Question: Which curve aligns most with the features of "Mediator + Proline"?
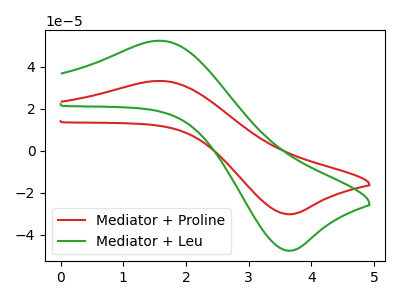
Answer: <think>The red curve "Mediator + Proline" has an anodic peak at (1.60V, 33.30uA) and a cathodic peak at (3.70V, -30.20uA). The green curve "Mediator + Leu" has an anodic peak at (1.60V, 52.45uA) and a cathodic peak at (3.70V, -47.60uA).
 All the peaks in "Mediator + Proline" have a peak in "Mediator + Leu" at the same potential. Every peak in "Mediator + Proline" is lower than every peak in "Mediator + Leu".</think>
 <answer>The CV with the most similar shape to "Mediator + Leu" is "Mediator + Proline".</answer>
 <eval>"Mediator + Proline"</eval>